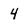
Character: 4